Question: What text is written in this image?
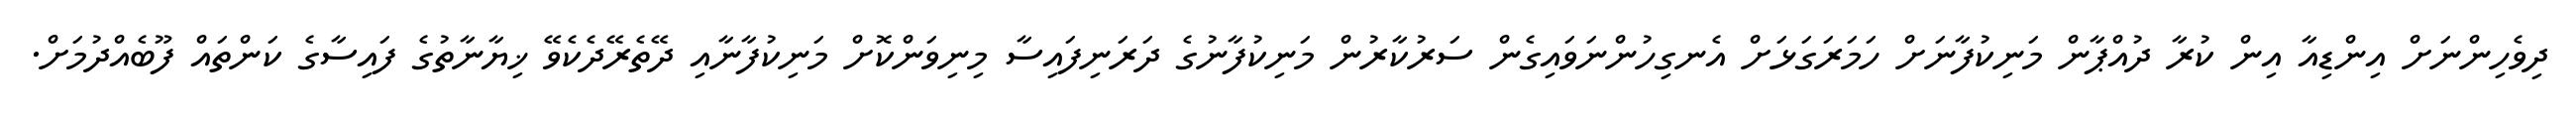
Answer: ދިވެހިންނަށް އިންޑިއާ އިން ކުރާ ދުއްޕާން މަނިކުފާނަށް ހަމަރަގަޅަށް އެނގިހުންނަވައިގެން ސަރުކާރުން މަނިކުފާނުގެ ދަރަނިފައިސާ މިނިވަންކޮށް މަނިކުފާނާއި ދޭތެރޭދެކެވޭ ޚިޔާނާތުގެ ފައިސާގެ ކަންތައް ފޫބެއްދުމަށް.